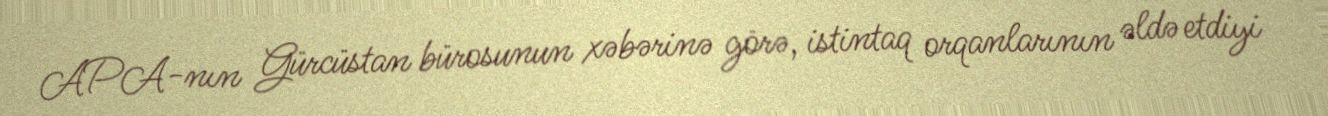
APA-nın Gürcüstan bürosunun xəbərinə görə, istintaq orqanlarının əldə etdiyi